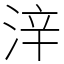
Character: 㳯